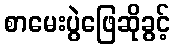
စာမေးပွဲဖြေဆိုခွင့်